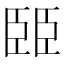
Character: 臦